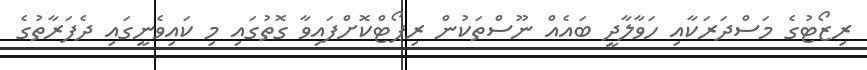
ރިޒޯޓުގެ މަސްދަރަކާއި ހަވާލާދީ ބައެއް ނޫސްތަކުން ރިޕޯޓްކޮށްފައިވާ ގޮތުގައި މި ކައިވެނީގައި ދެފަރާތުގެ